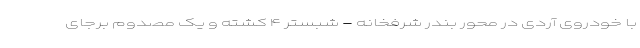
با خودروی آردی در محور بندر شرفخانه - شبستر ۴ کشته و یک مصدوم برجای